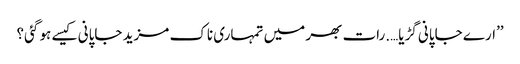
’’ارے جاپانی گڑیا….رات بھر میں تمہاری ناک مزید جاپانی کیسے ہو گئی؟